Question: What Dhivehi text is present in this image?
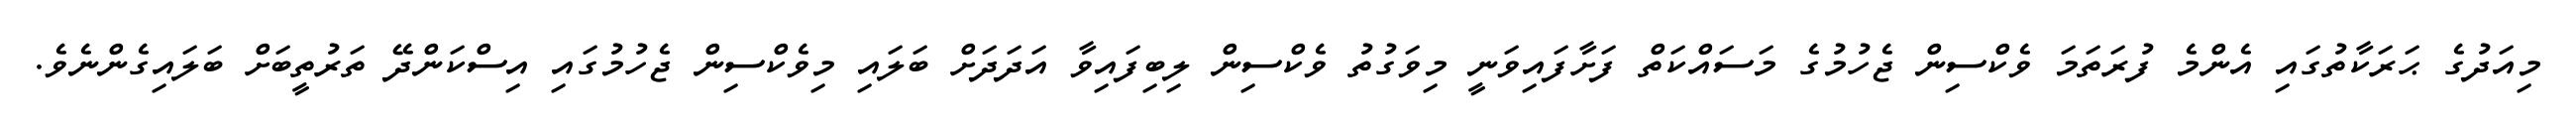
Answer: މިއަދުގެ ޙަރަކާތުގައި އެންމެ ފުރަތަމަ ވެކްސިން ޖެހުމުގެ މަސައްކަތް ފަށާފައިވަނީ މިވަގުތު ވެކްސިން ލިބިފައިވާ އަދަދަށް ބަލައި މިވެކްސިން ޖެހުމުގައި އިސްކަންދޭ ތަރުތީބަށް ބަލައިގެންނެވެ.